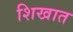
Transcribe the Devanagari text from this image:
शिखात